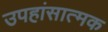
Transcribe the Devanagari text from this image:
उपहांसात्मक